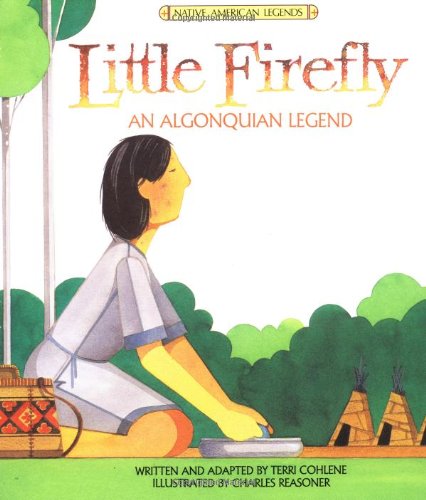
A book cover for Little Firefly (Native American Legends & Lore); Terri Cohlene; Children's Books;